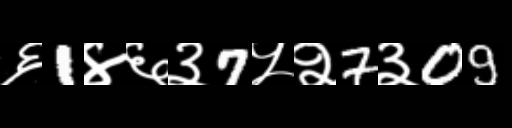
Text: ६1४६३7५२7३09